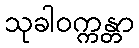
သုခါဝက္ကန္တာ